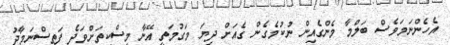
އެހެންނަމަވެސް ބަލްމާ މެންގެއިން ނުކުމެގެން ގެއަށް ދިޔަ މަގުމަތީ އޭނާ މިސްކިތަށްވަދެ ފަތިސްނަމާދު